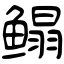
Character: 鳎